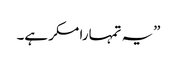
”یہ تمہارا مکر ہے۔